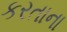
કરતાના